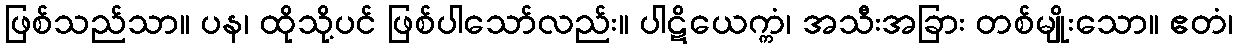
ဖြစ်သည်သာ။ ပန၊ ထိုသို့ပင် ဖြစ်ပါသော်လည်း။ ပါဋိယေက္ကံ၊ အသီးအခြား တစ်မျိုးသော။ ဧတံ၊